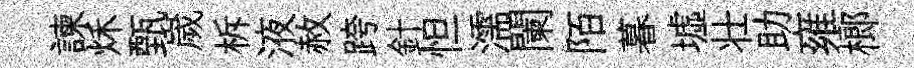
諫秌甄嵗柝液赦跨針怛濡闌陌暮墟壮助雍榔